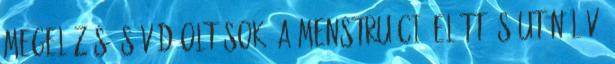
megelőzés és védőoltások. A menstruáció előtt és után lévő